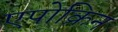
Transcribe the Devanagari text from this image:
एपोक्रिन